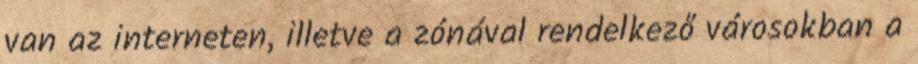
van az interneten, illetve a zónával rendelkező városokban a